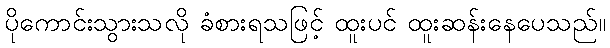
ပိုကောင်းသွားသလို ခံစားရသဖြင့် ထူးပင် ထူးဆန်းနေပေသည်။